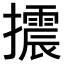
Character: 𢸍